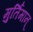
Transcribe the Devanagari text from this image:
मुर्तिमान्